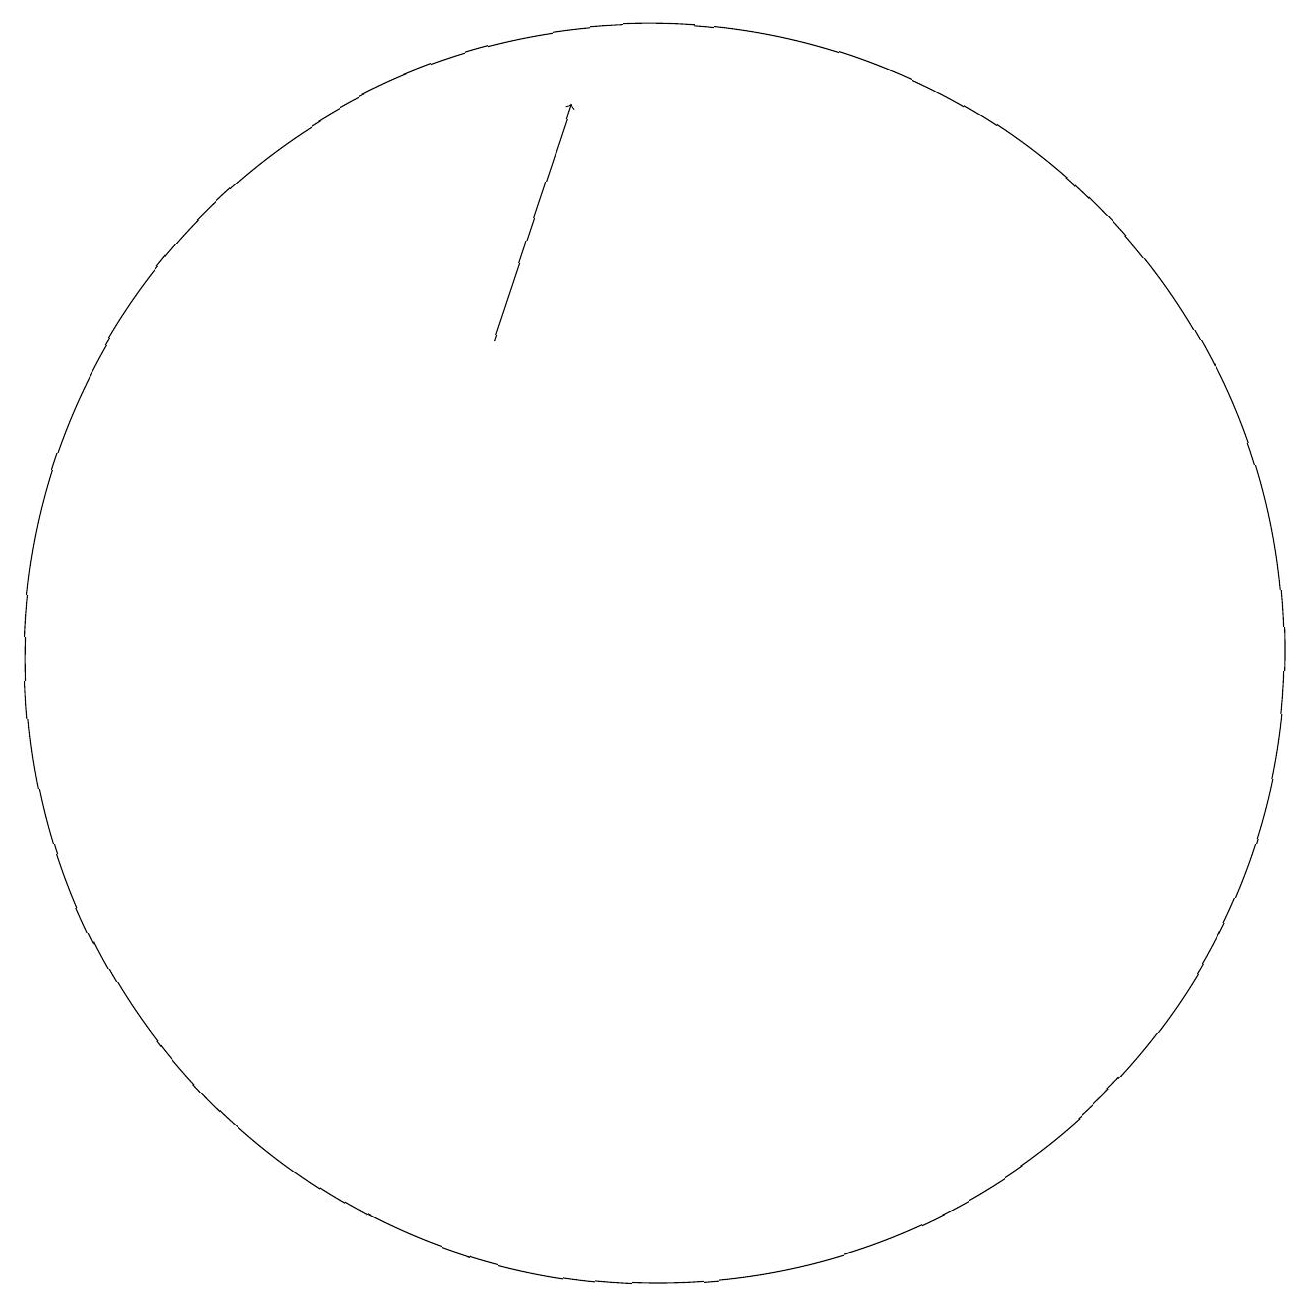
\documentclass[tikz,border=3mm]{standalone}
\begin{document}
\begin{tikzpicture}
\draw[->] (8,15) -- (9,18);
\draw (10,11) circle (8);
\draw (11,11) circle (0);
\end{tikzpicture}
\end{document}